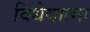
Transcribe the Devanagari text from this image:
विधेयात्मा